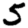
Digit: 5